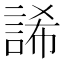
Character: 䛥